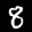
Label: 8